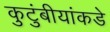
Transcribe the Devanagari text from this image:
कुटुंबीयांकडे